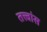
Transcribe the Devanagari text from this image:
तत्त्वांस